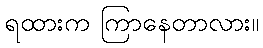
ရထားက ကြာနေတာလား။